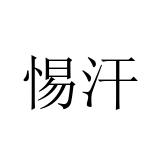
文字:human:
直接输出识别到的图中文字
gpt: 惕汗